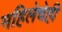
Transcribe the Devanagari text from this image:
महिलेचेही